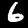
Digit: 6